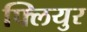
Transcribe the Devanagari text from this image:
फ्लियुर